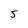
Character: 5